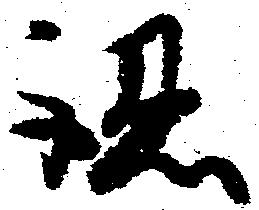
認